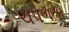
ચપળતા